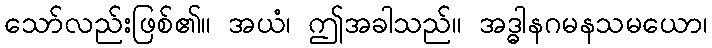
သော်လည်းဖြစ်၏။ အယံ၊ ဤအခါသည်။ အဒ္ဓါနဂမနသမယော၊